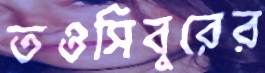
তওসিবুরের